Lui_Olesk, lk 19
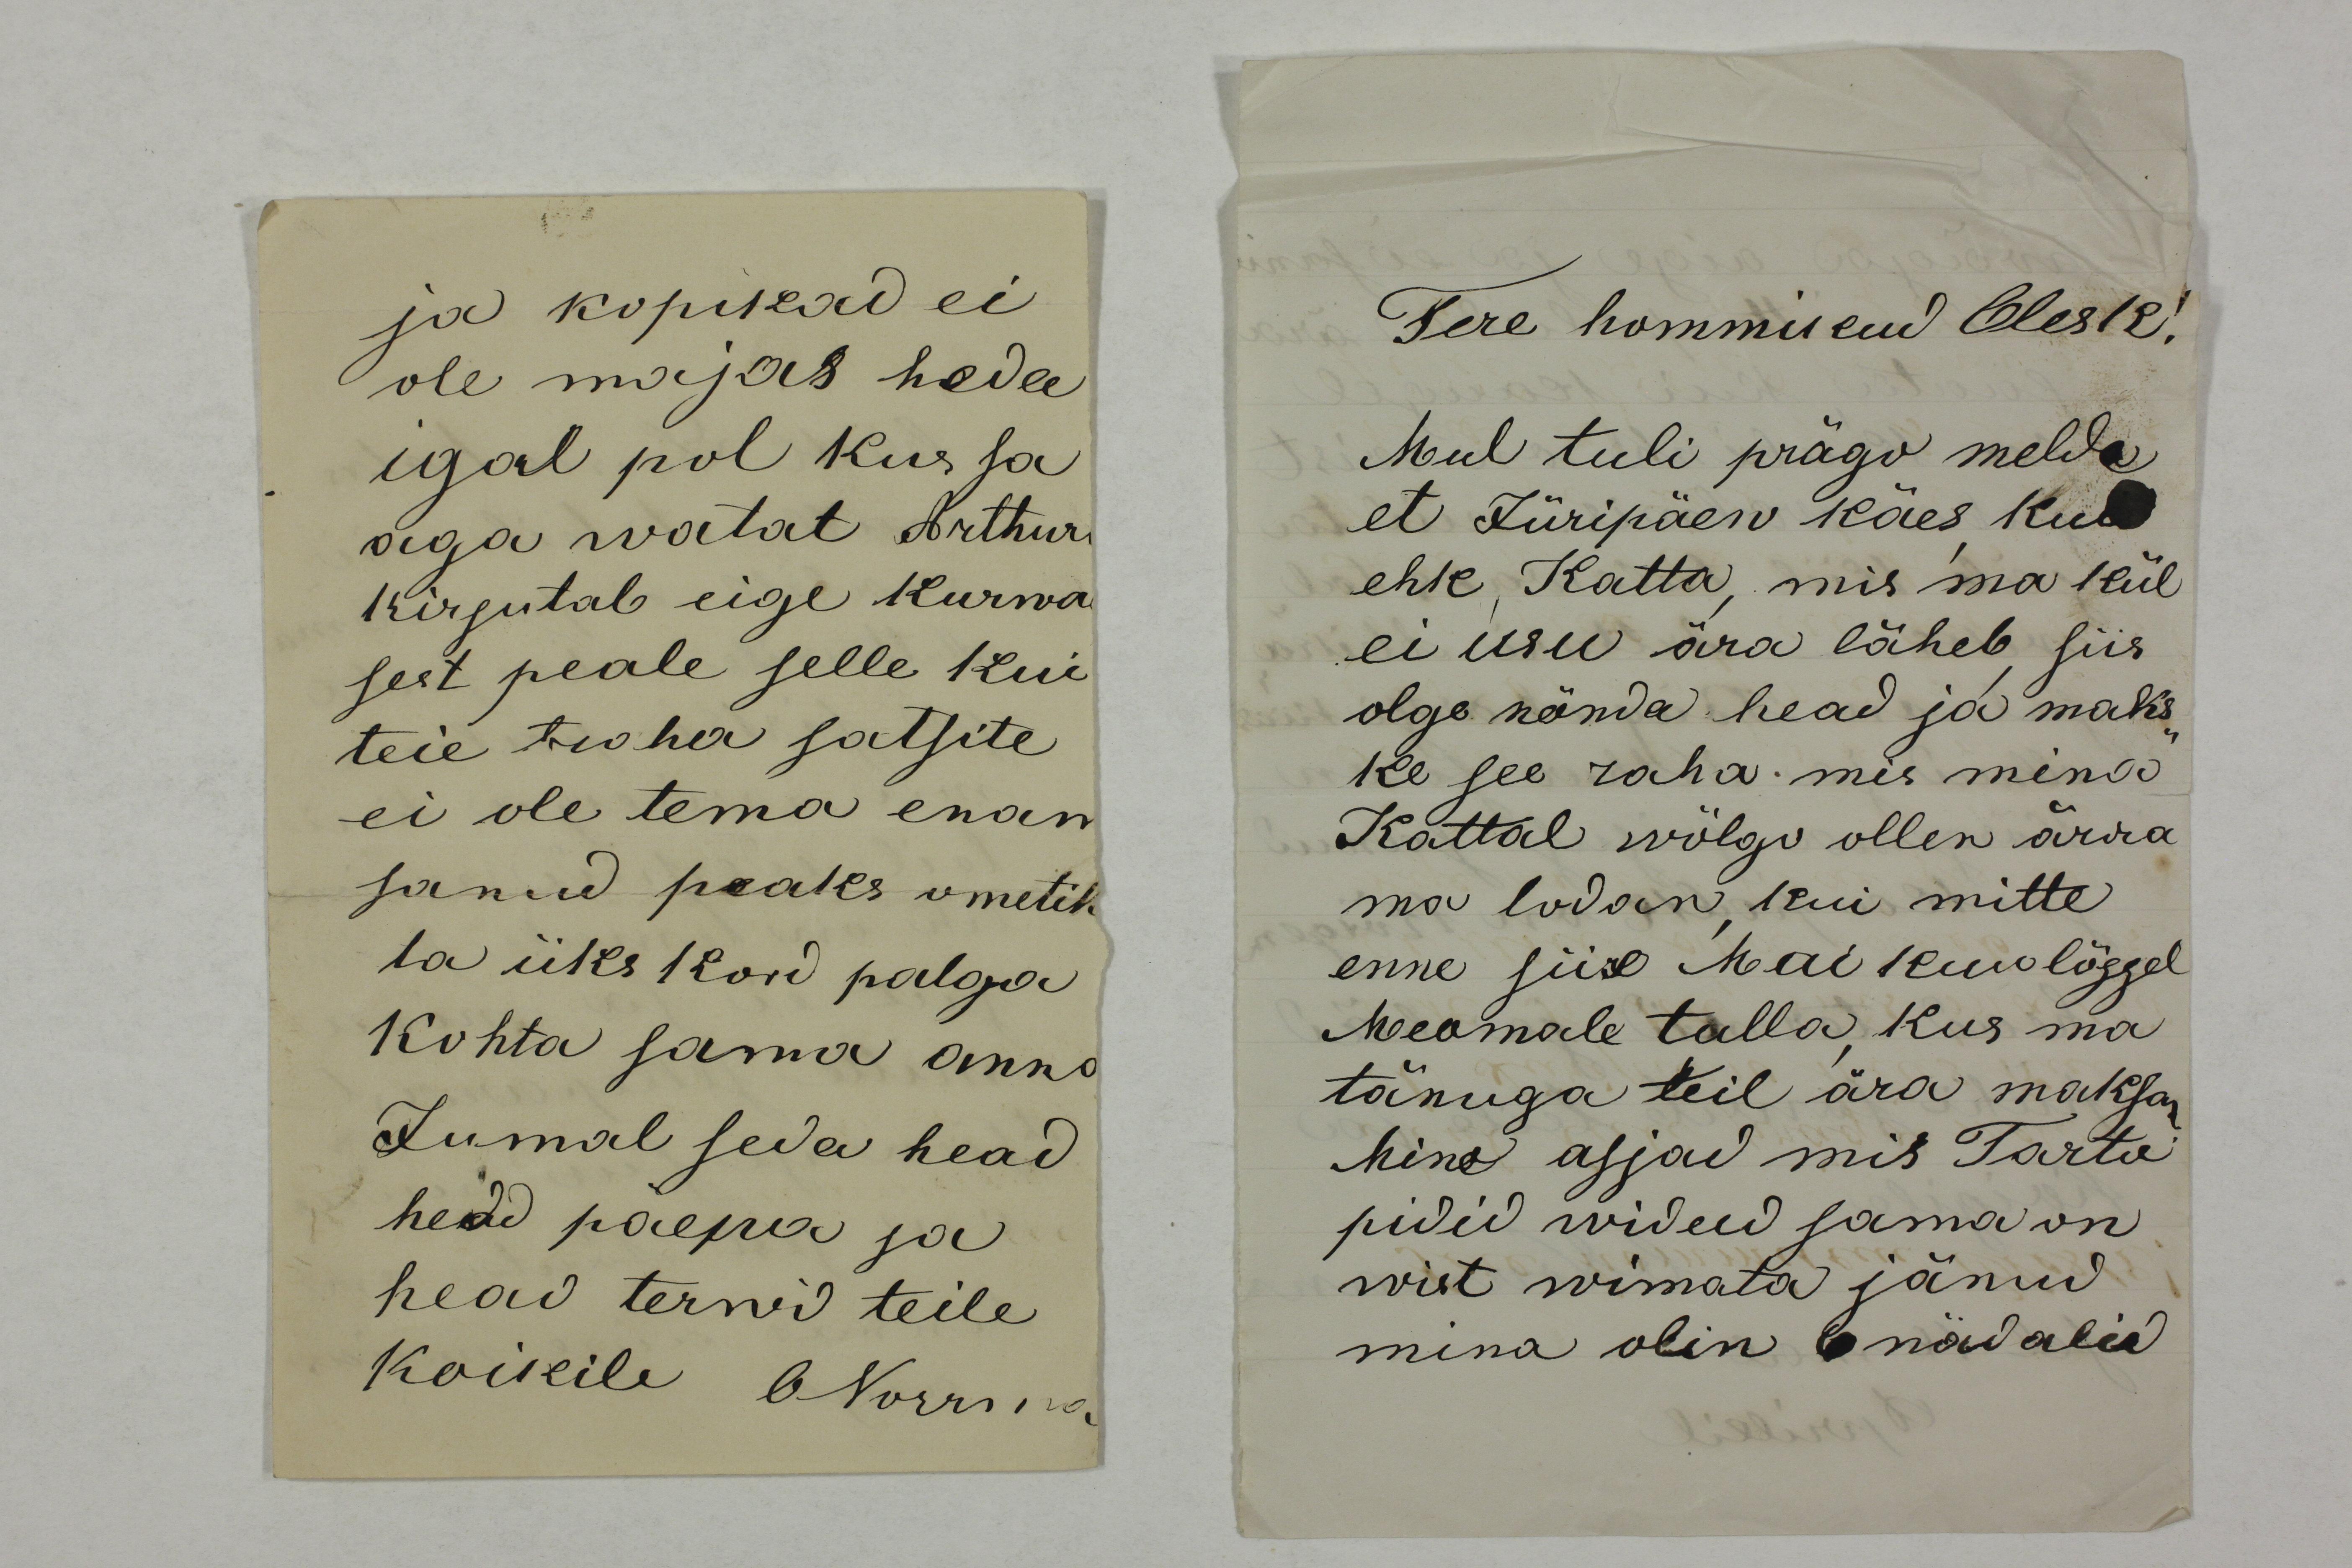
ja kopikaid ei 
ole majas heda
igal pol kus sa
aga watat Arthur
kirjutab eige kurwa
sest peale selle kui
teie traha satsite
ei ole tema enam
sanud peaks ometik
ta üks kord palga
kohta sama anno
Jumal seda head
head päewa ja
head terwid teile
Koikile O Norrma

Tere hommikud Olesk!
Mul tuli prägo melde
et Jüripäew käes, ku
ehk Katta, mis ma kül
ei usu ära läheb, siis
olge nõnda head ja maks-
ke see raha mis mina
Kattal wölgu ollen ärra
ma lodan, kui mitte
enne siis Mai kuu lõppel
Meomale tulla, kus ma
tänuga teil ära maksan
Mino asjad mis Tarto
pidid widud sama on
wist wimata jänud
mina olin 6 nädalid